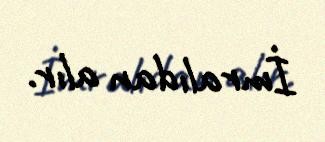
İmralıdan alır.